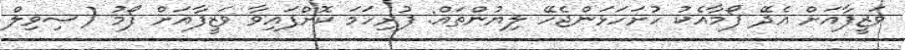
ވަޒީފާއަށް އެދޭ ފޯމާއެކު ހުށަހަޅަންޖެހޭ ލިޔުންތައް: ފުރިހަމަ ކޮށްފައިވާ ވަޒީފާއަށް ފޯމު (ސިވިލް